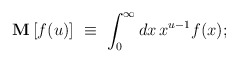
\begin{align*}\mathbf{M} \,[f(u)] \,\, \equiv \,\, \int_0^{\infty} d x\, x^{u-1} f(x);\end{align*}